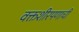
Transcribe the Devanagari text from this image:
वक्तशीरपणाची